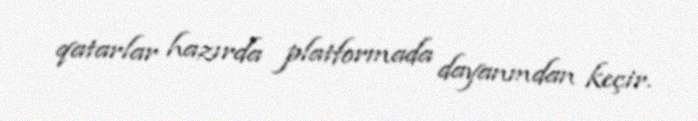
qatarlar hazırda platformada dayanmdan keçir.